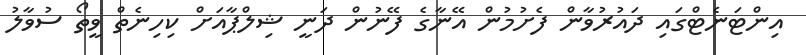
އިންޓަނެޓްގައި ދައުރުވާން ފެށުމުން އޭނާގެ ފޭނުން ދަނީ ޝިލްޕާއަށް ކިހިނެތް ވީތޯ ސުވާލު